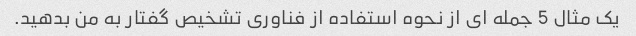
یک مثال 5 جمله ای از نحوه استفاده از فناوری تشخیص گفتار به من بدهید.